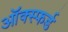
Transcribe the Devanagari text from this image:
ऑक्स्फर्ड